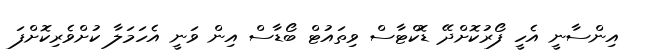
އިންސާނީ އެހީ ފޯރުކޮށްދޭ ޑޮކްޓާސް ވިތައުޓް ބޯޑާސް އިން ވަނީ އެހަމަލާ ކުށްވެރިކޮށްފަ